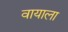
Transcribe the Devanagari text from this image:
वायाला